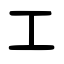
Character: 工